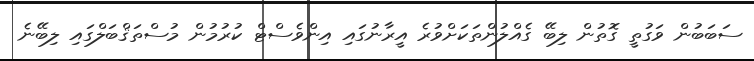
ސަބަބުން ވަގުތީ ގޮތުން ލިބޭ ގެއްލުންތަކަށްވުރެ އީރާނުގައި އިންވެސްޓް ކުރުމުން މުސްތަޤްބަލްގައި ލިބޭނެ